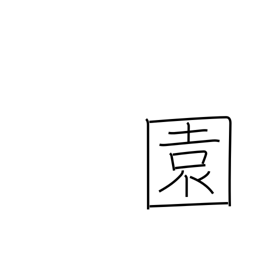
Meaning: garden